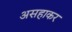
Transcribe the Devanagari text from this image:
असहाकर